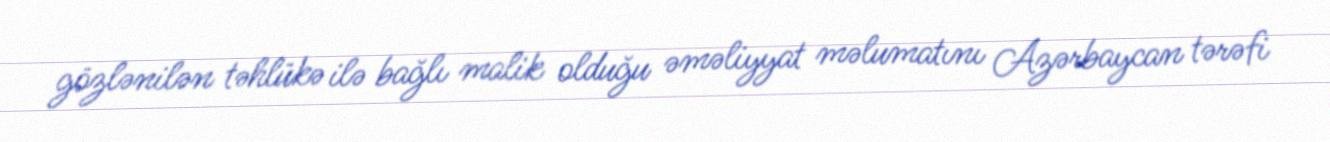
gözlənilən təhlükə ilə bağlı malik olduğu əməliyyat məlumatını Azərbaycan tərəfi